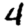
Digit: 4